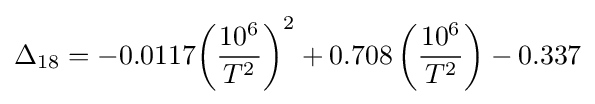
\Delta _{18}=-0.0117{\left({\frac {10^{6}}{T^{2}}}\right)}^{2}+0.708\left({\frac {10^{6}}{T^{2}}}\right)-0.337